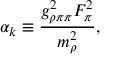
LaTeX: \alpha _ { k } \equiv \frac { g _ { \rho \pi \pi } ^ { 2 } F _ { \pi } ^ { 2 } } { m _ { \rho } ^ { 2 } } ,